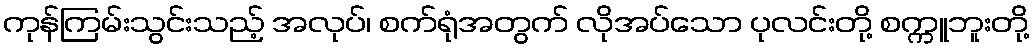
ကုန်ကြမ်းသွင်းသည့် အလုပ်၊ စက်ရုံအတွက် လိုအပ်သော ပုလင်းတို့ စက္ကူဘူးတို့